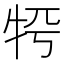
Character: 𤙀